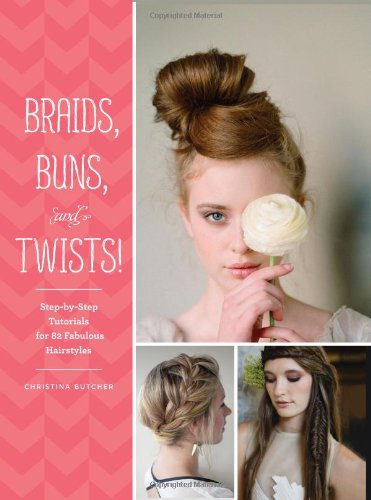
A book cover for Braids, Buns, and Twists!: Step-by-Step Tutorials for 82 Fabulous Hairstyles; Christina Butcher; Health, Fitness & Dieting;